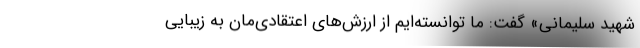
شهید سلیمانی» گفت: ما توانسته‌ایم از ارزش‌های اعتقادی‌مان به زیبایی